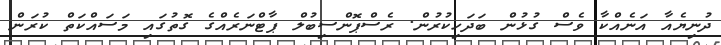
ދުނިޔެއާ އަނެއްކާ ވެސް ގުޅުން ބަދަހިކުރުން. ރެސްޕޮންސިބުލް ޕާޓްނަރެއްގެ ގޮތުގައި މަސައްކަތް ކުރަން